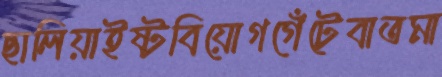
ছালিয়াইষ্টবিয়োগগেঁটেবাতমা